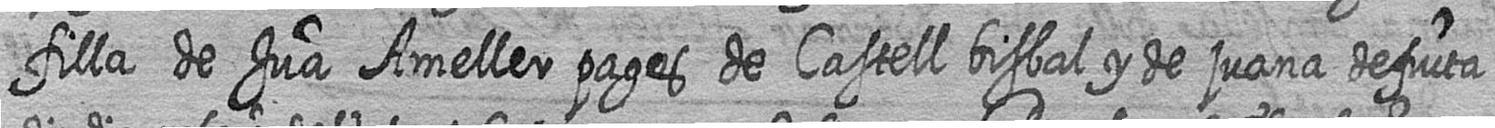
filla de Jua Ameller pages de Castell bisbal y de juana defucta